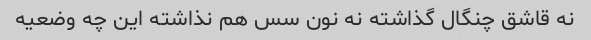
نه قاشق چنگال گذاشته نه نون سس هم نذاشته این چه وضعیه